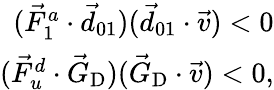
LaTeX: \begin{array}{r}{(\vec{F}_{1}^{a}\cdot\vec{d}_{01})(\vec{d}_{01}\cdot\vec{v})<0}\\ {(\vec{F}_{u}^{d}\cdot\vec{G}_{\textrm{D}})(\vec{G}_{\textrm{D}}\cdot\vec{v})<0,}\end{array}